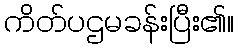
ကိတ်ပဌမခန်းပြီး၏။